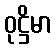
ဝုဋ္ဌိမာ